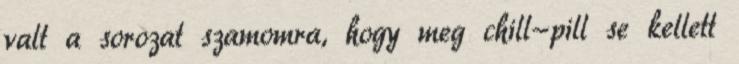
valt a sorozat szamomra, hogy meg chill-pill se kellett